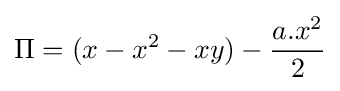
\Pi =(x-x^{2}-xy)-{\frac {a.x^{2}}{2}}